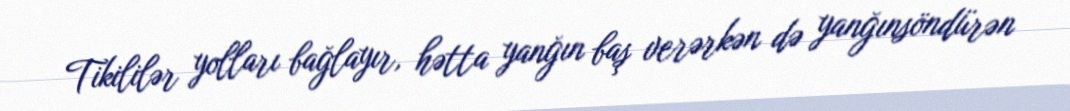
Tikililər yolları bağlayır, hətta yanğın baş verərkən də yanğınsöndürən